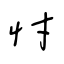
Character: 忖